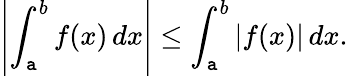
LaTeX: \left|\int_{\mathtt{a}}^{b}f(x)\, dx\right|\leq\int_{\mathtt{a}}^{b}|f(x)|\, dx.